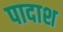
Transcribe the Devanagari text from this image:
पादाश